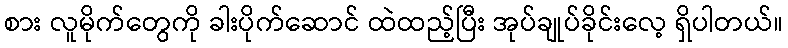
စား လူမိုက်တွေကို ခါးပိုက်ဆောင် ထဲထည့်ပြီး အုပ်ချုပ်ခိုင်းလေ့ ရှိပါတယ်။